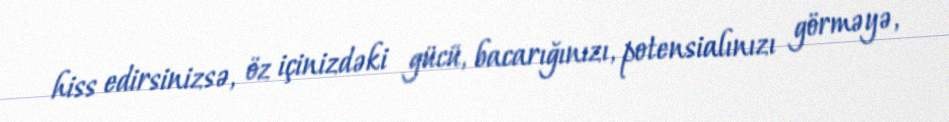
hiss edirsinizsə, öz içinizdəki gücü, bacarığınızı, potensialınızı görməyə,